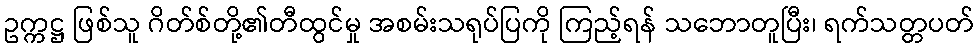
ဥက္ကဋ္ဌ ဖြစ်သူ ဂိတ်စ်တို့၏တီထွင်မှု အစမ်းသရုပ်ပြကို ကြည့်ရန် သဘောတူပြီး၊ ရက်သတ္တပတ်